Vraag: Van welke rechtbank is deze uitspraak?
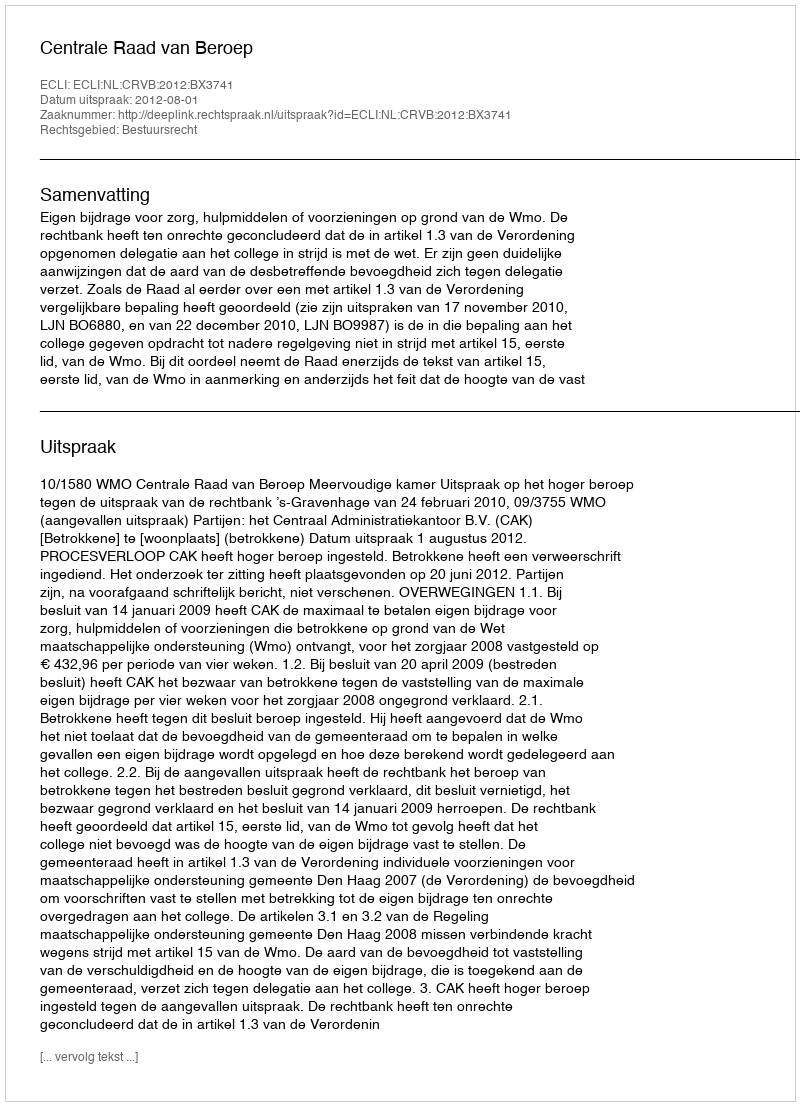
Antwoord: Centrale Raad van Beroep